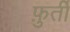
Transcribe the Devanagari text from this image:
फ़ुर्ती